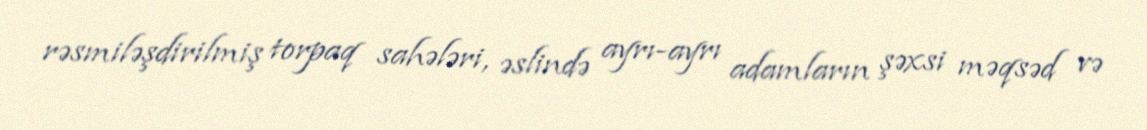
rəsmiləşdirilmiş torpaq sahələri, əslində ayrı-ayrı adamların şəxsi məqsəd və